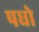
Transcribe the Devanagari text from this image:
पधो